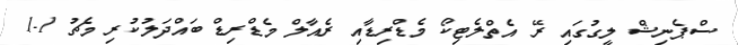
ސްޕެނިޝް ލީގުގައި ރޭ އެތްލެޓިކޯ މެޑްރިޑާއި ރެއާލް މެޑްރިޑް ބައްދަލުކުރި މެޗު 1-1